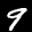
Label: 9